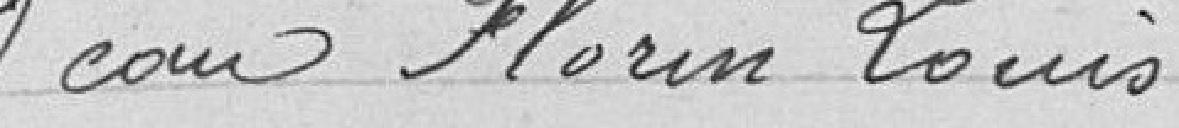
d'eau Florin Louis